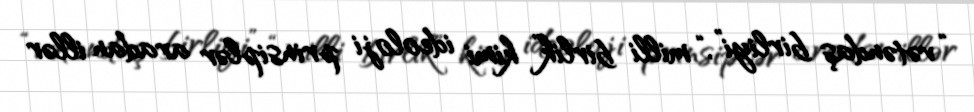
“vətəndaş birliyi”, “milli birlik” kimi ideoloji prinsiplər aradan illər